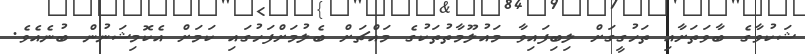
ޝަކުވާގެ ބާވަތަށާއި ތަހުގީގަށް ލިބިފައިވާ މައުލޫމާތުތަކުގެ މައްޗަށް ބެލުމަށްފަހުގައި ކަމަށް އެކޮމިޝަނުން ބުނެއެވެ.